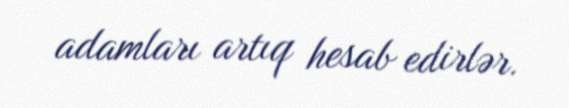
adamları artıq hesab edirlər.